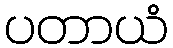
ပတာယံ